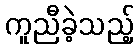
ကူညီခဲ့သည့်